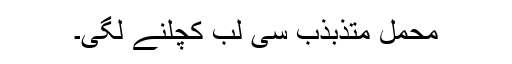
محمل متذبذب سی لب کچلنے لگی۔